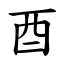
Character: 酉